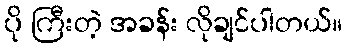
ပို ကြီးတဲ့ အခန်း လိုချင်ပါတယ်။